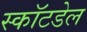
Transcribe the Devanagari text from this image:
स्कॉटडेल